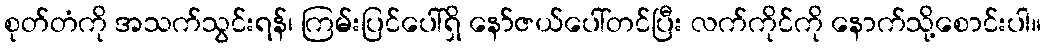
စုတ်တံကို အသက်သွင်းရန်၊ ကြမ်းပြင်ပေါ်ရှိ နော်ဇယ်ပေါ်တင်ပြီး လက်ကိုင်ကို နောက်သို့စောင်းပါ။